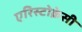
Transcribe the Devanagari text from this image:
एरिस्टोक्रेसी